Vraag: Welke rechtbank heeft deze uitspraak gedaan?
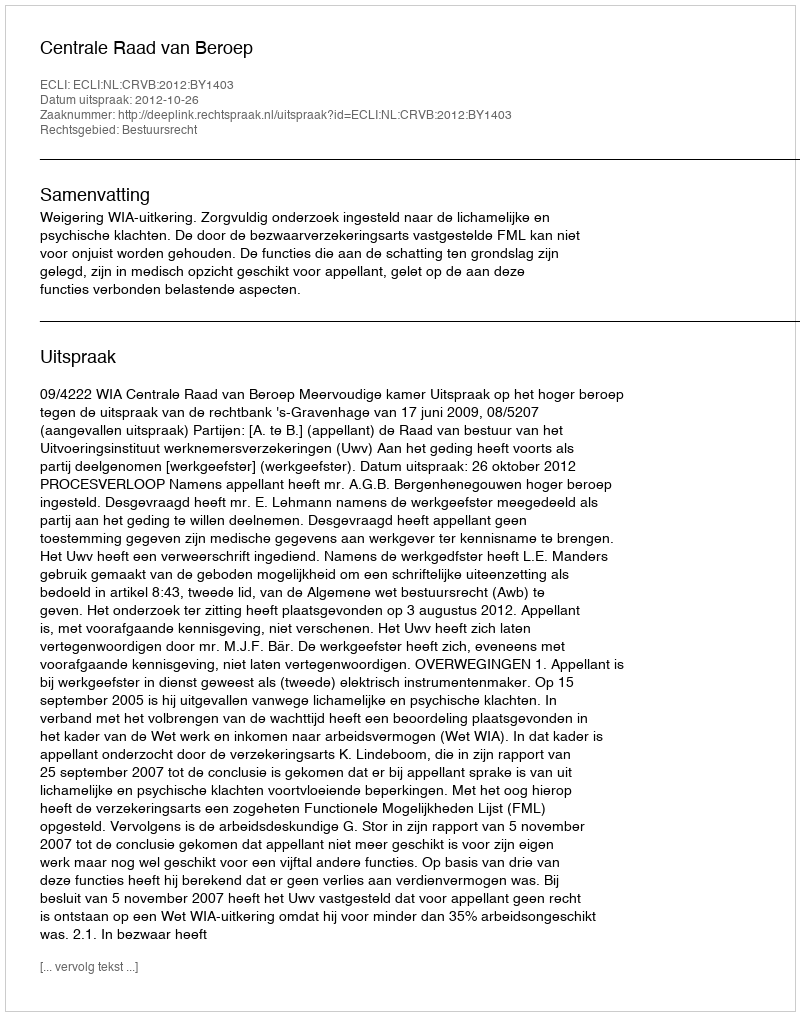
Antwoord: Centrale Raad van Beroep